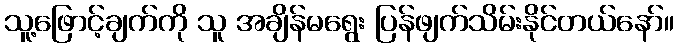
သူ့ဖြောင့်ချက်ကို သူ အချိန်မရွေး ပြန်ဖျက်သိမ်းနိုင်တယ်နော်။